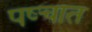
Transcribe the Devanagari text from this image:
पष्चात